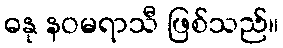
ဓနု နဝမရာသီ ဖြစ်သည်။